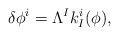
LaTeX: \begin{align*}\delta \phi^i=\Lambda^Ik_I^i(\phi),\end{align*}